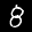
Label: 8